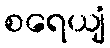
စရေယျံ